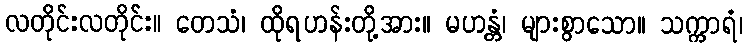
လတိုင်းလတိုင်း။ တေသံ၊ ထိုရဟန်းတို့အား။ မဟန္တံ၊ များစွာသော။ သက္ကာရံ၊